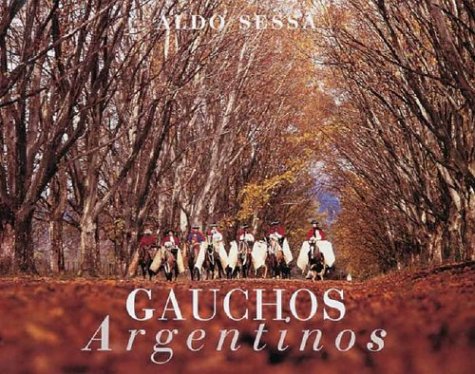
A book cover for Gauchos Argentinos (Spanish Edition); Aldo Sessa; Travel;